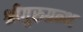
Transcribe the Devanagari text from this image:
श्रीगुरुग्रन्थ